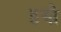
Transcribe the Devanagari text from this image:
हयो